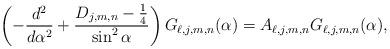
LaTeX: \begin{align*}\left( -\frac{d^{2}}{d\alpha ^{2}}+\frac{D_{j,m,n}-\frac{1}{4}}{\sin ^{2}\alpha }\right) G_{\ell,j,m,n} (\alpha )=A_{\ell,j,m,n} G_{\ell,j,m,n} (\alpha ), \end{align*}